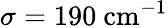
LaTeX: \sigma=190~\textrm{cm}^{-1}